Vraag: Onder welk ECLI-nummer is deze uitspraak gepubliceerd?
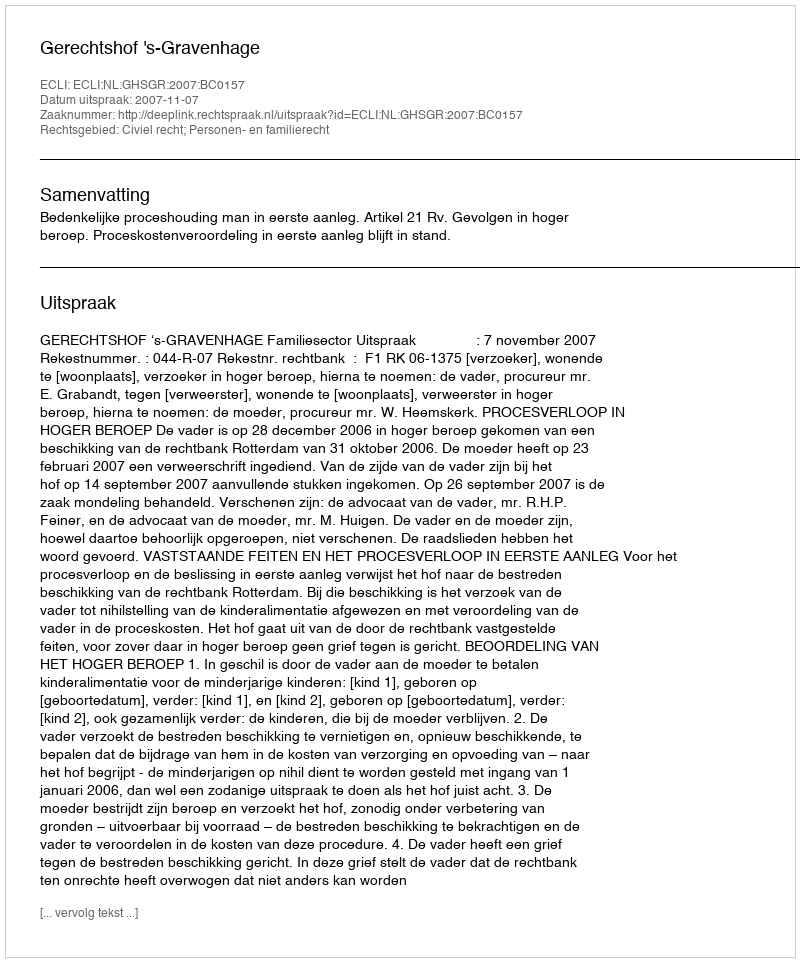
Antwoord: ECLI:NL:GHSGR:2007:BC0157